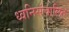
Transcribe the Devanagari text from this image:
ध्वनिसंचालित